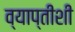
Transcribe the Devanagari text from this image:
व्याप्तीशी